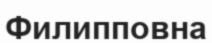
Филипповна